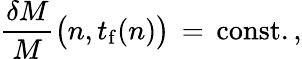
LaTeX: {\frac{\delta M}{M}}\bigl(n,t_{\mathrm{f}}(n)\bigr)\, =\, \mathrm{const.}\, ,